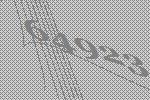
64923